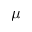
\mu